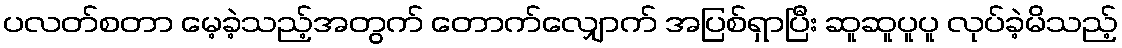
ပလတ်စတာ မေ့ခဲ့သည့်အတွက် တောက်လျှောက် အပြစ်ရှာပြီး ဆူဆူပူပူ လုပ်ခဲ့မိသည့်